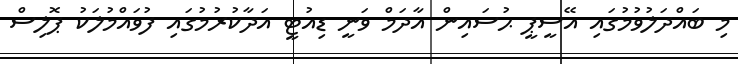
މި ބައްދަލުވުމުގައި އޭސީޕީ ޙުސައިން އާދަމް ވަނީ ޑިއުޓީ އަދާކުރުމުގައި ފުވައްމުލަކު ޕޮލިސް